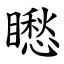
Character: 矁